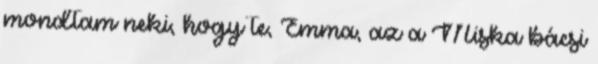
mondtam neki, hogy te, Emma, az a Miska bácsi